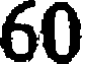
60